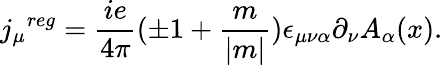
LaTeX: {j_{\mu}}^{reg}=\frac{ie}{4\pi}(\pm 1+\frac{m}{|m|})\epsilon_{\mu\nu\alpha}\partial_{\nu}A_{\alpha}(x).